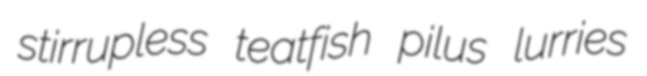
stirrupless teatfish pilus lurries